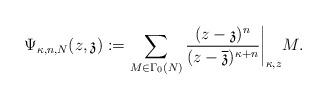
LaTeX: \begin{align*}\Psi_{\kappa,n,N}(z, \mathfrak{z}):=\sum_{M\in\Gamma_0(N)}\frac{(z-\mathfrak{z})^n}{(z -\overline{\mathfrak{z}})^{\kappa+n}}\bigg|_{\kappa,z}M.\end{align*}